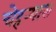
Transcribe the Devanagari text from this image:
चेहर्‍यास